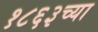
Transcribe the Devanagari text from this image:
१८६३च्या